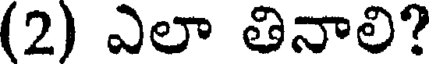
(2) ఎలా తినాలి?